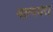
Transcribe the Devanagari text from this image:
गल्पवत्